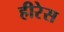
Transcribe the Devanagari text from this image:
हीरेस